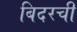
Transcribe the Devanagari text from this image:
बिदरची